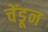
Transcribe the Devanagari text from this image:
चेंडून